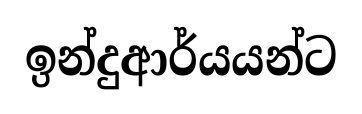
ඉන්දුආර්යයන්ට